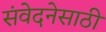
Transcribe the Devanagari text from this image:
संवेदनेसाठी